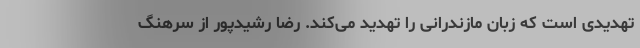
تهدیدی است که زبان مازندرانی را تهدید می‌کند. رضا رشیدپور از سرهنگ